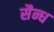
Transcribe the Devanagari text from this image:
सैन्ध